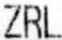
ZRL